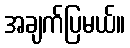
အချက်ပြမယ်။